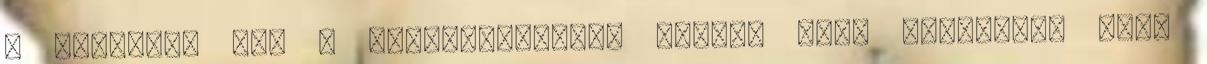
a beteget, meg a kezelőorvosát. Közben arra figyeltem fel,